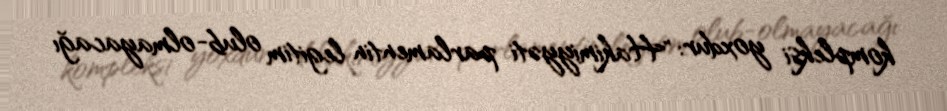
kompleksi yoxdur: "Hakimiyyəti parlamentin legitim olub-olmayacağı